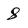
Character: 8